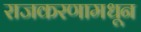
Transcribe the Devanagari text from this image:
राजकरणामधून